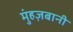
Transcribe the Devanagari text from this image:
मुंहज़बानी